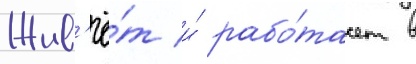
Жив'ё́т и́ рабо́тает в